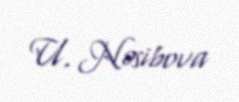
U. Nəsibova